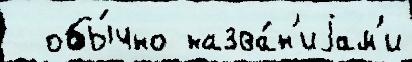
  обы́чно назва́н'иjам'и